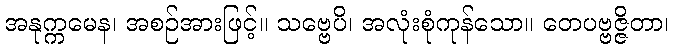
အနုက္ကမေန၊ အစဉ်အားဖြင့်။ သဗ္ဗေပိ၊ အလုံးစုံကုန်သော။ တေပဗ္ဗဇ္ဇိတာ၊